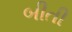
બીતી